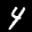
Label: 4